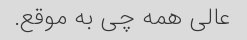
عالی همه چی به موقع.